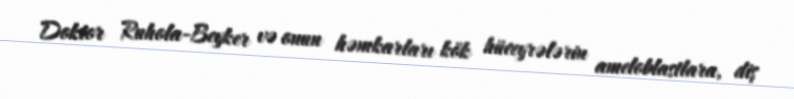
Doktor Ruhola-Beyker və onun həmkarları kök hüceyrələrin ameloblastlara, diş